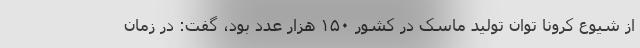
از شیوع کرونا توان تولید ماسک در کشور ۱۵۰ هزار عدد بود، گفت: در زمان